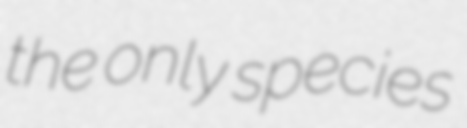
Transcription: the only species